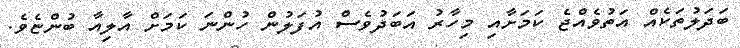
ބަދަލުތަކެއް އަތުވެއްޖެ ކަމަށާއި މިހާރު އަބަދުވެސް އުފަލުން ހުންނަ ކަމަށް އާލިއާ ބުންޏެވެ.